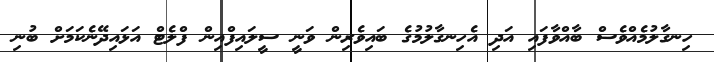
ހިނގާލުމެއްވެސް ބާއްވާފައި އަދި އެހިނގާލުމުގެ ބައިވެރިން ވަނީ ސީލައިފްއިން ފްލެޓް އަޅައިދޭނެކަމަށް ބުނި